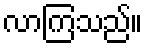
လာကြသည်။